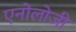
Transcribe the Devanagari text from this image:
एनोलोजी